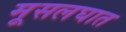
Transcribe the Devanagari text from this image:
मूसलघात